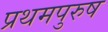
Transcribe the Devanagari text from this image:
प्रथमपुरुष